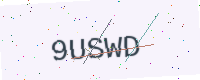
Text: 9USWD